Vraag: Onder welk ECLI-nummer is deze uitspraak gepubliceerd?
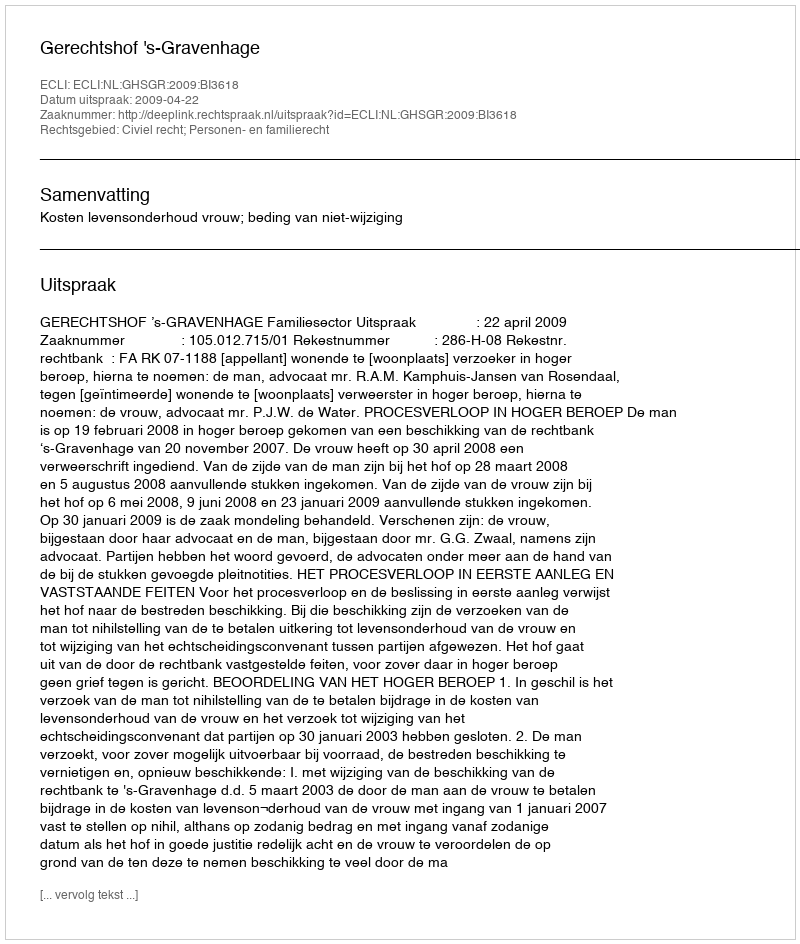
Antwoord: ECLI:NL:GHSGR:2009:BI3618